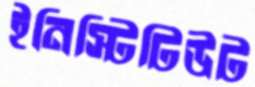
ইনিস্টিটিউট